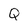
Character: Q